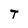
Character: T